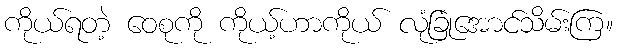
ကိုယ်ရတဲ့ ဝေစုကို ကိုယ့်ဟာကိုယ် လုံခြုံအောင်သိမ်းကြ။